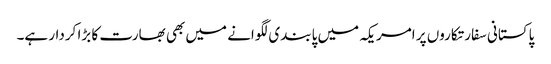
پاکستانی سفارتکاروں پر امریکہ میں پابندی لگوانے میں بھی بھارت کا بڑا کردار ہے۔